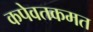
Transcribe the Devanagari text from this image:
कपेवतकमत